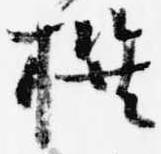
撰